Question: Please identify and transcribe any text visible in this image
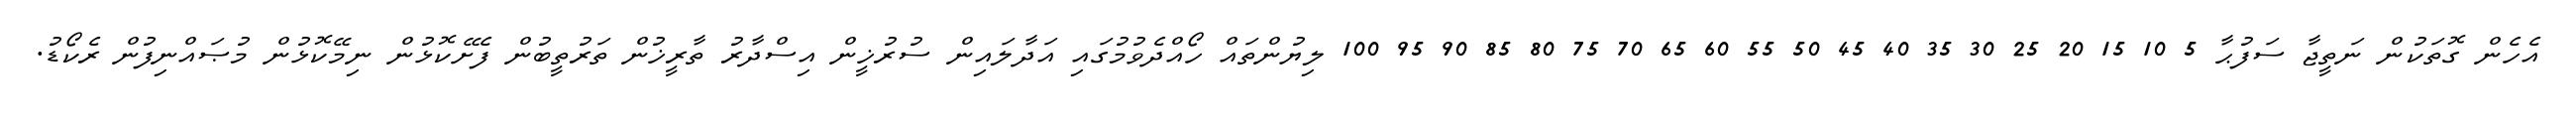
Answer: އެހެން ގޮތަކުން ނަތީޖާ ސަފުޙާ 5 10 15 20 25 30 35 40 45 50 55 60 65 70 75 80 85 90 95 100 ލިޔުންތައް ހޯއްދެވުމުގައި އަދާލައިން ސުރުޚީން އިސްދާރު ތާރީޚުން ތަރުތީބުން ފެށޭކޮޅުން ނިމޭކޮޅުން މުޞައްނިފުން ރެކޯޑު.